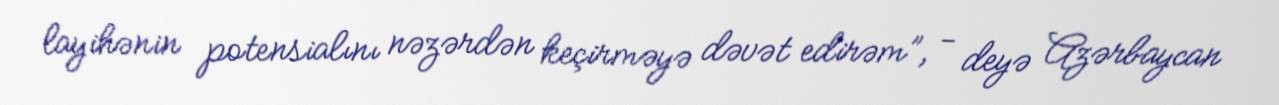
layihənin potensialını nəzərdən keçirməyə dəvət edirəm”, - deyə Azərbaycan